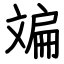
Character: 斒